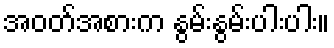
အဝတ်အစားက နွမ်းနွမ်းပါးပါး။